Pusta,_Kaarel_Robert, lk 48
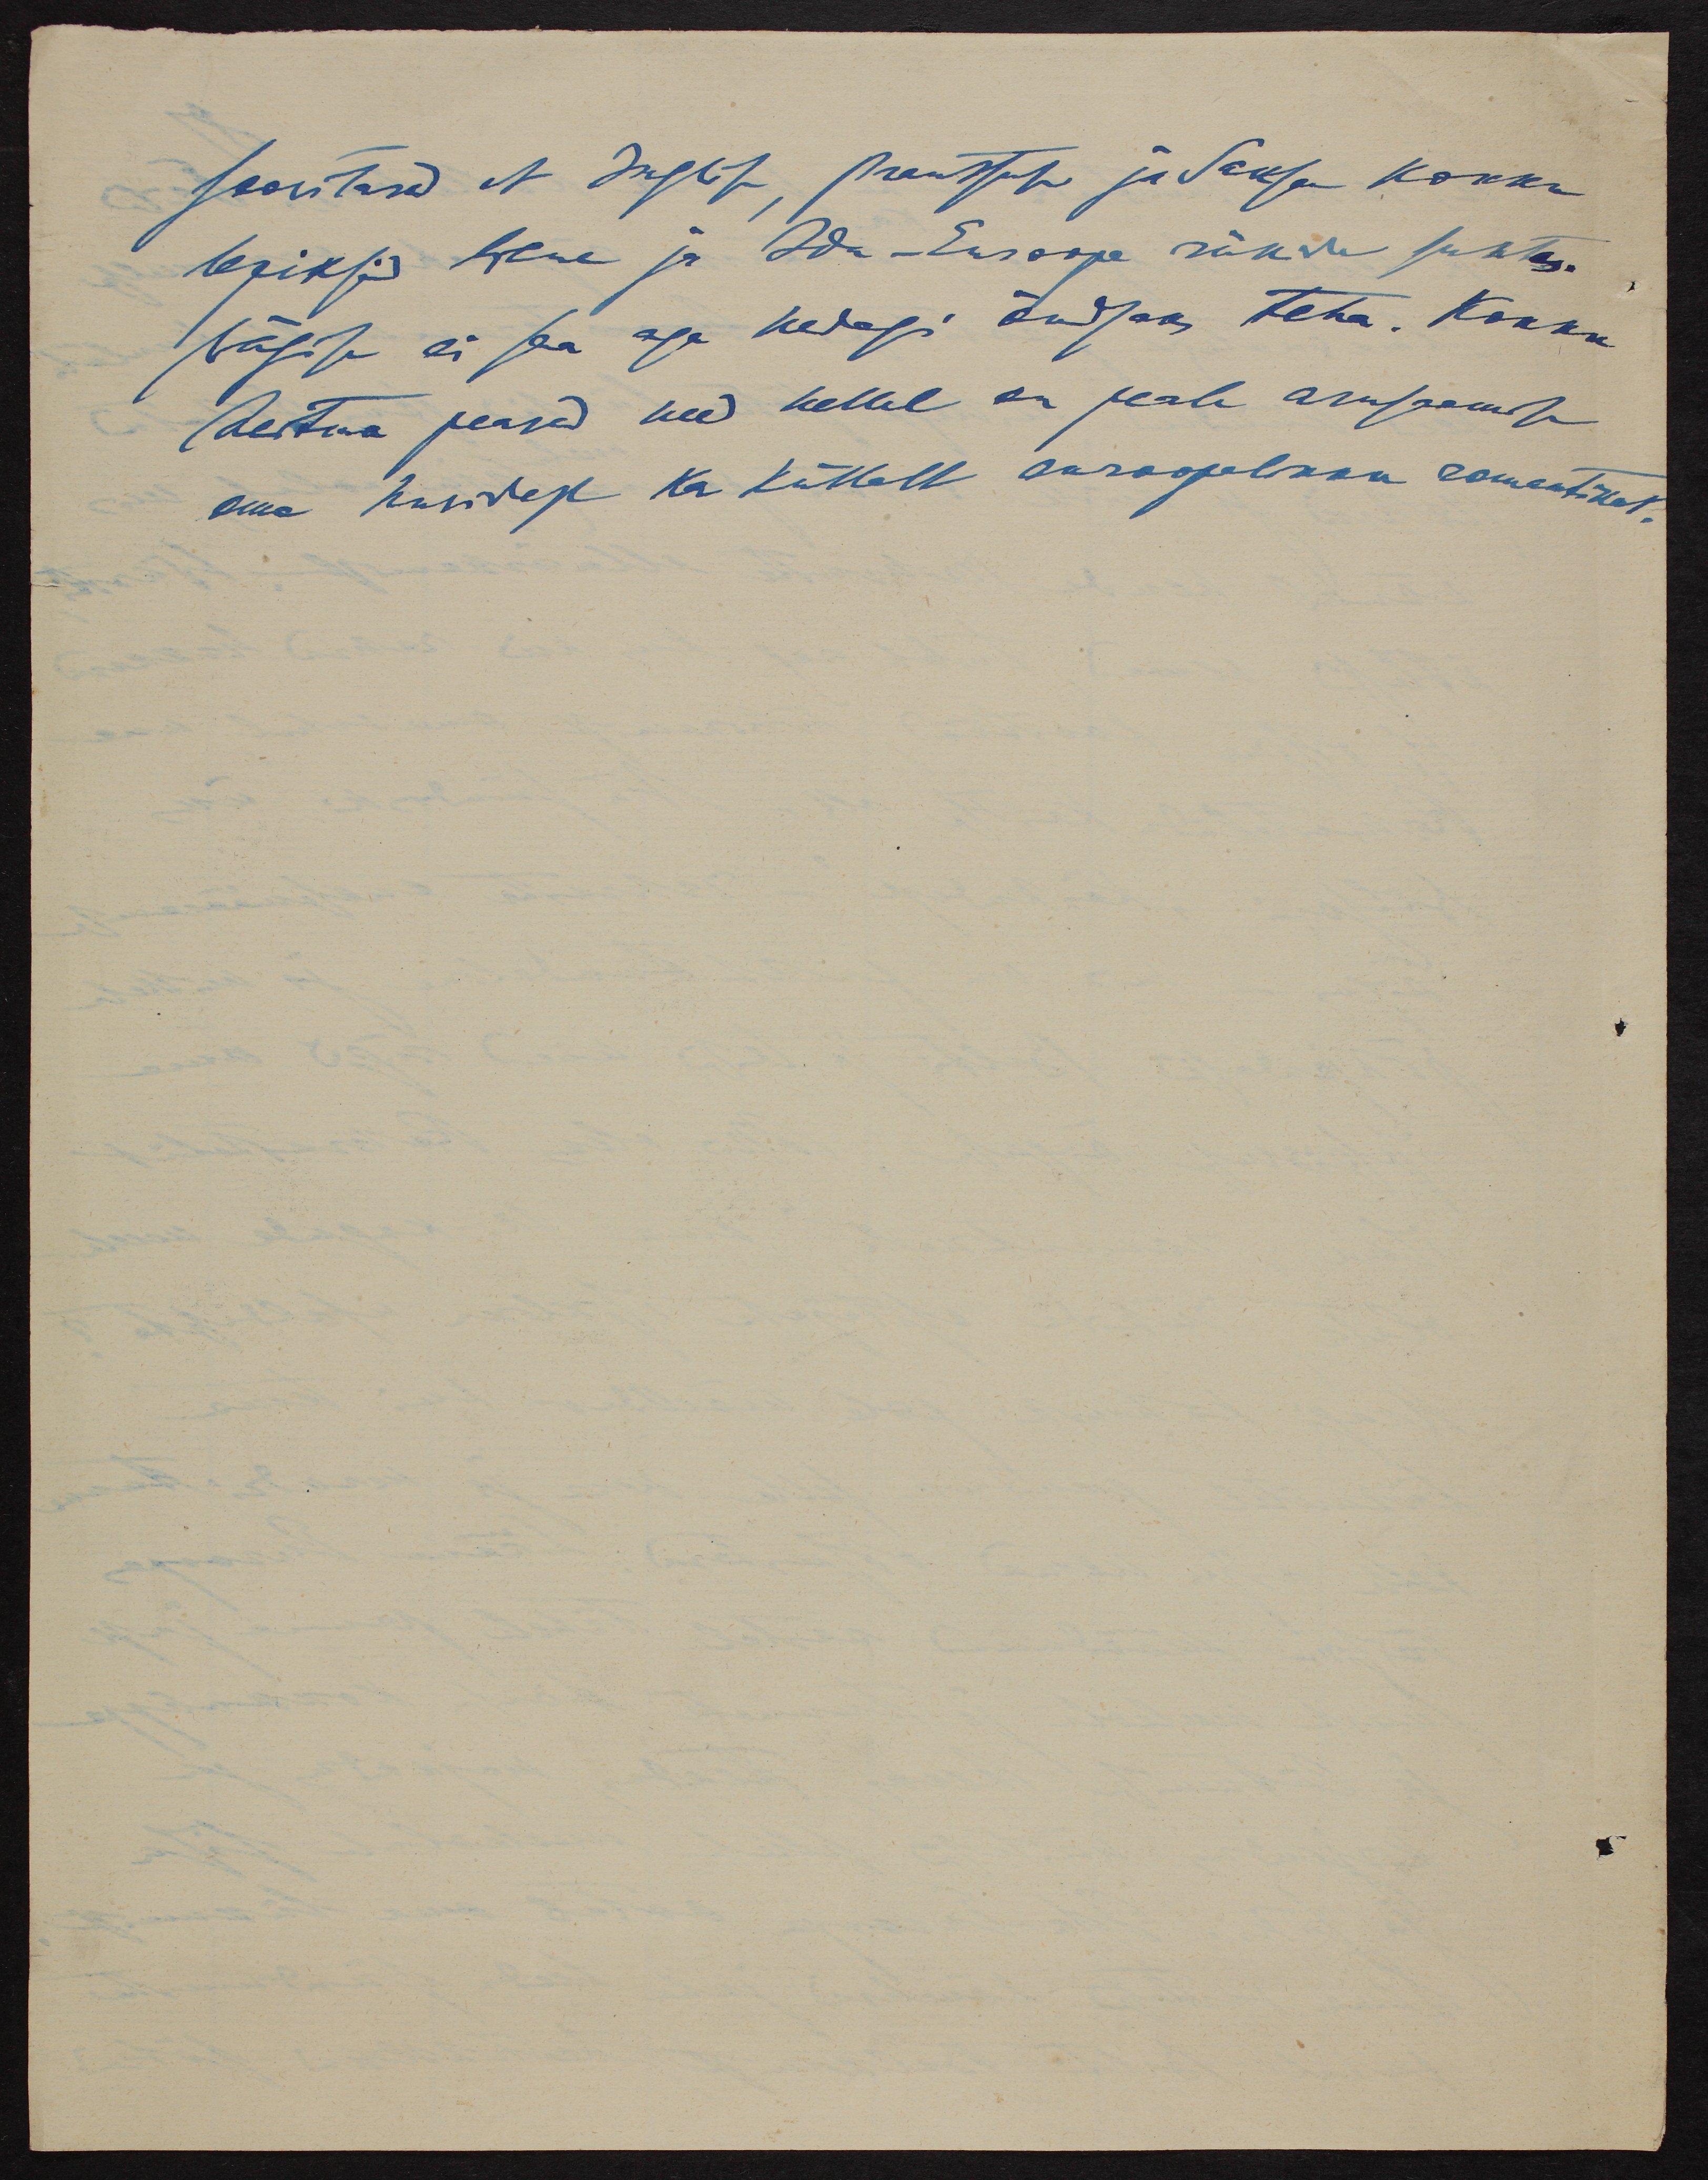
soovitavad et Inglise, Prantsuse ja Saksa kokku
lepiksid Wene ja Ida-Europa ründa suhtes.
Vägise ei sa aga kedagi õndsaks teha. Kokku
heitma peavad need kellel on peale arusaamise
oma huvidest ka küllalt euroopalikku romantikat